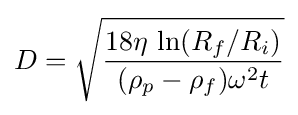
D={\sqrt {\frac {18\eta \,\ln(R_{f}/R_{i})}{(\rho _{p}-\rho _{f})\omega ^{2}t}}}